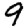
Digit: 9